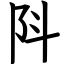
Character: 阧